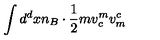
\int d ^ { d } x n _ { B } \cdot \frac { 1 } { 2 } m v _ { c } ^ { m } v _ { m } ^ { c }